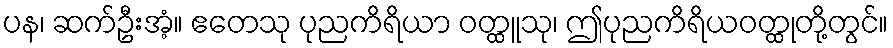
ပန၊ ဆက်ဦးအံ့။ ဧတေသု ပုညကိရိယာ ဝတ္ထူသု၊ ဤပုညကိရိယဝတ္ထုတို့တွင်။